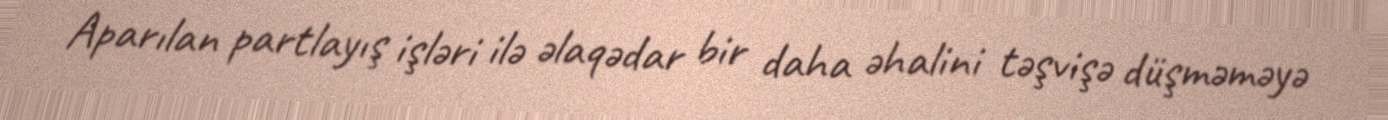
Aparılan partlayış işləri ilə əlaqədar bir daha əhalini təşvişə düşməməyə